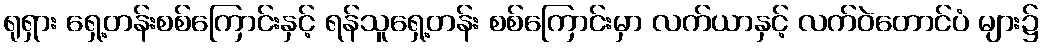
ရုရှား ရှေ့တန်းစစ်ကြောင်းနှင့် ရန်သူရှေ့တန်း စစ်ကြောင်းမှာ လက်ယာနှင့် လက်ဝဲတောင်ပံ များ၌